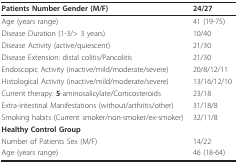
| Patients Number Gender (M/F) | 24/27 |
 | --- | --- |
 | Age (years range) | 41 (19-75) |
 | Disease Duration (1-3/> 3 years) | 10/40 |
 | Disease Activity (active/quiescent) | 21/30 |
 | Disease Extension: distal colitis/Pancolitis | 21/30 |
 | Endoscopic Activity (inactive/mild/moderate/severe) | 20/8/12/11 |
 | Histological Activity (inactive/mild/moderate/severe) | 13/16/12/10 |
 | Current therapy: 5-aminosalicylate/Corticosteroids | 23/18 |
 | Extra-intestinal Manifestations (without/arthritis/other) | 31/18/8 |
 | Smoking habits (Current smoker/non-smoker/ex-smoker) | 32/11/8 |
 | Healthy Control Group |  |
 | Number of Patients Sex (M/F) | 14/22 |
 | Age (years range) | 46 (18-64) |